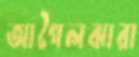
আগৈলঝারা